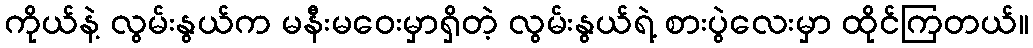
ကိုယ်နဲ့ လွမ်းနွယ်က မနီးမဝေးမှာရှိတဲ့ လွမ်းနွယ်ရဲ့ စားပွဲလေးမှာ ထိုင်ကြတယ်။